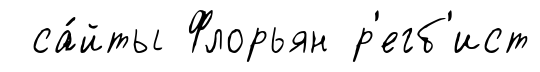
са́йты Флорьян р'егб'ист